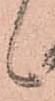
候